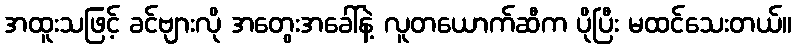
အထူးသဖြင့် ခင်ဗျားလို အတွေးအခေါ်နဲ့ လူတယောက်ဆီက ပိုပြီး မထင်သေးတယ်။